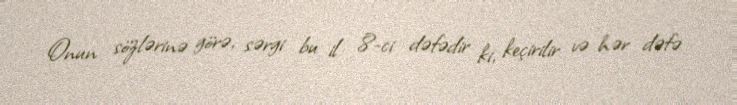
Onun sözlərinə görə, sərgi bu il 8-ci dəfədir ki, keçirilir və hər dəfə